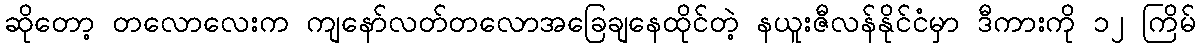
ဆိုတော့ တလောလေးက ကျနော်လတ်တလောအခြေချနေထိုင်တဲ့ နယူးဇီလန်နိုင်ငံမှာ ဒီကားကို ၁၂ ကြိမ်